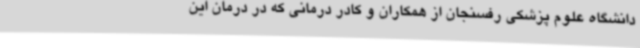
دانشگاه علوم پزشکی رفسنجان از همکاران و کادر درمانی که در درمان این